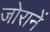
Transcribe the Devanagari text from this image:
जोरानें